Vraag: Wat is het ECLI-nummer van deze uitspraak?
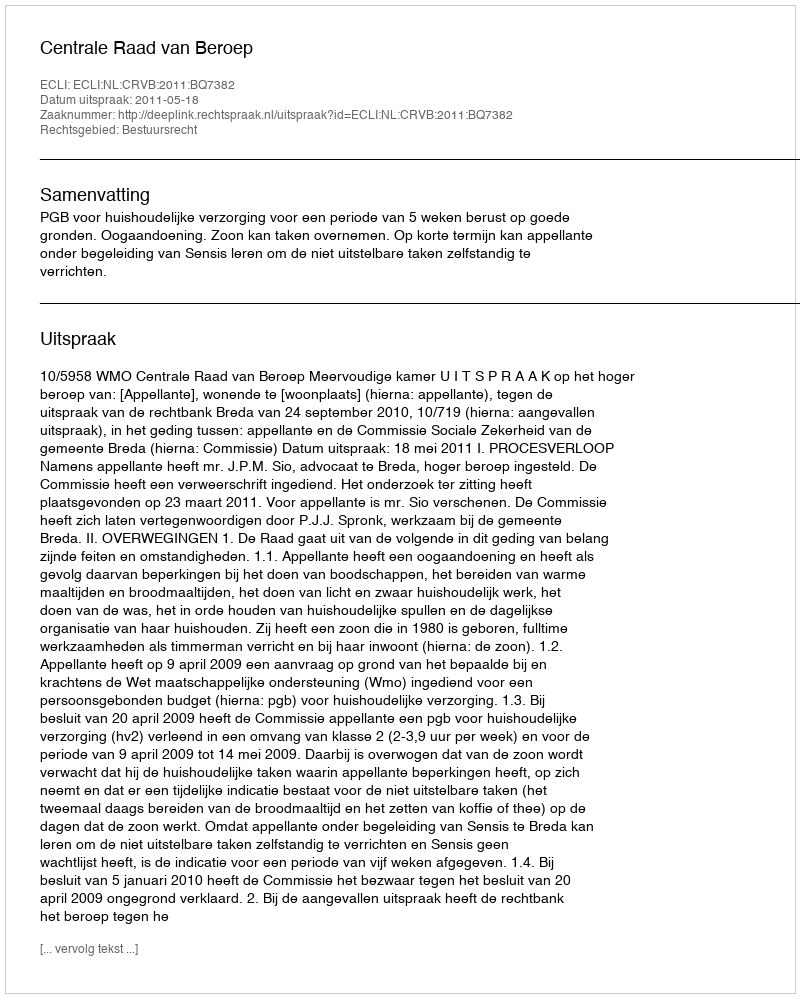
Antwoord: ECLI:NL:CRVB:2011:BQ7382